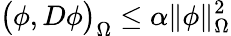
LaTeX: \big(\phi,D\phi\big)_{\Omega}\leq\alpha\| \phi\| _{\Omega}^{2}